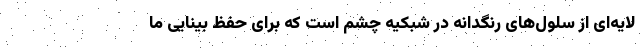
لایه‌ای از سلول‌های رنگدانه در شبکیه چشم است که برای حفظ بینایی ما